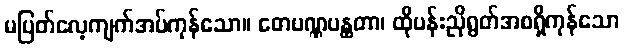
မပြတ်လေ့ကျက်အပ်ကုန်သော။ တေပဏ္ဏပန္ထတာ၊ ထိုပန်းညိုရွတ်အစရှိကုန်သော